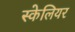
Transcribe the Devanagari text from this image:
स्केलियर